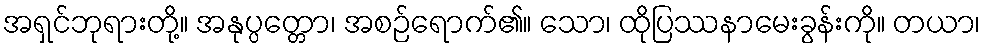
အရှင်ဘုရားတို့။ အနုပ္ပတ္တော၊ အစဉ်ရောက်၏။ သော၊ ထိုပြဿနာမေးခွန်းကို။ တယာ၊